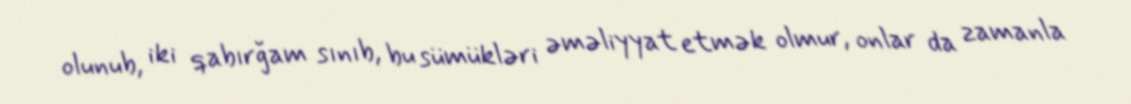
olunub, iki qabırğam sınıb, bu sümükləri əməliyyat etmək olmur, onlar da zamanla